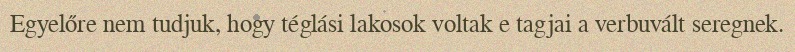
Egyelőre nem tudjuk, hogy téglási lakosok voltak e tagjai a verbuvált seregnek.